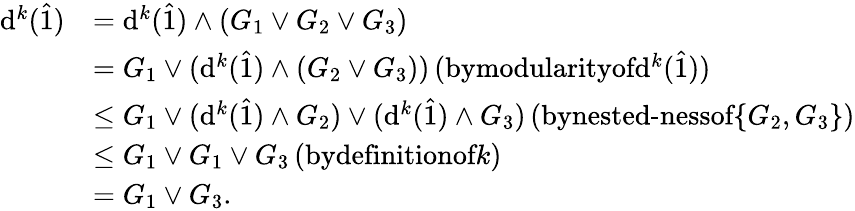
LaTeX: \begin{array}{rl}{\mathrm{d}^{k}(\hat{1})}&{=\mathrm{d}^{k}(\hat{1})\wedge(G_{1}\vee G_{2}\vee G_{3})}\\ &{=G_{1}\vee(\mathrm{d}^{k}(\hat{1})\wedge(G_{2}\vee G_{3}))\, (\textrm{bymodularityof}\mathrm{d}^{k}(\hat{1}))}\\ &{\leq G_{1}\vee(\mathrm{d}^{k}(\hat{1})\wedge G_{2})\vee(\mathrm{d}^{k}(\hat{1})\wedge G_{3})\, (\textrm{bynested-nessof}\{ G_{2},G_{3}\} )}\\ &{\leq G_{1}\vee G_{1}\vee G_{3}\, (\textrm{bydefinitionof}k)}\\ &{=G_{1}\vee G_{3}.}\end{array}